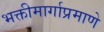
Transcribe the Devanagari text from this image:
भक्तीमार्गाप्रमाणे